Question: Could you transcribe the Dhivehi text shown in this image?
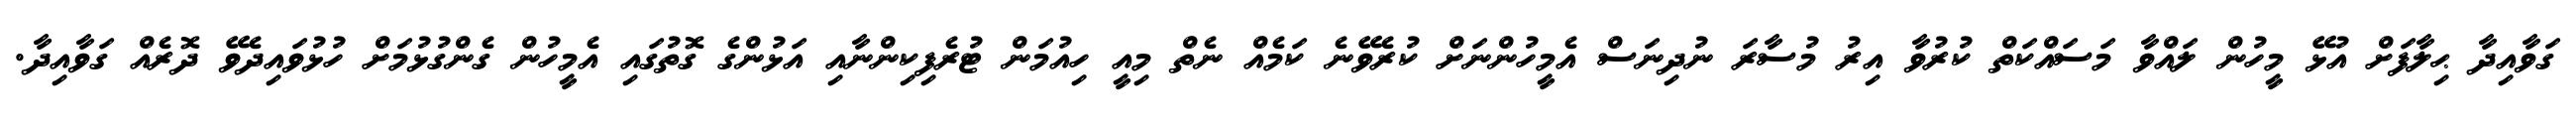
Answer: ގަވާއިދާ ޙިލާފަށް އުޅޭ މީހުން ލައްވާ މަސައްކަތް ކުރުވާ އިރު މުސާރަ ނުދިނަސް އެމީހުންނަށް ކުރެވޭނެ ކަމެއް ނެތް މިއީ ހިއުމަން ޓުރެފިކިންނާއި އަޅުންގެ ގޮތުގައި އެމީހުން ގެންގުޅުމަށް ހުޅުވައިދެވޭ ދޮރެއް ގަވާއިދާ.